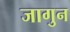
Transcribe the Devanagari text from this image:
जागुन